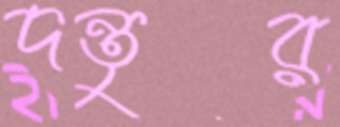
দন্তুর